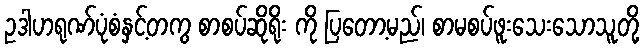
ဥဒါဟရုဏ်ပုံစံနှင့်တကွ စာစပ်ဆိုရိုး ကို ပြတော့မည်၊ စာမစပ်ဖူးသေးသောသူတို့